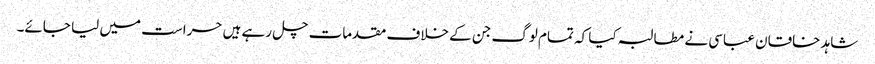
شاہد خاقان عباسی نے مطالبہ کیا کہ تمام لوگ جن کے خلاف مقدمات چل رہے ہیں حراست میں لیا جائے۔